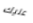
عليك